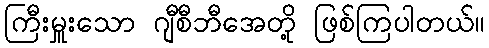
ကြီးမှူးသော ဂျီစီဘီအေတို့ ဖြစ်ကြပါတယ်။